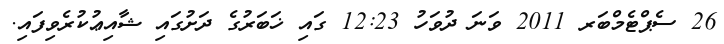
26 ސެޕްޓެމްބަރ 2011 ވަނަ ދުވަހު 12:23 ގައި ޚަބަރުގެ ދަށުގައި ޝާއިޢުކުރެވިފައި.